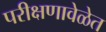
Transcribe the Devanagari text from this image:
परीक्षणावेळेत